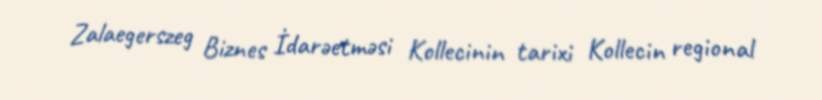
Zalaegerszeg Biznes İdarəetməsi Kollecinin tarixi Kollecin regional